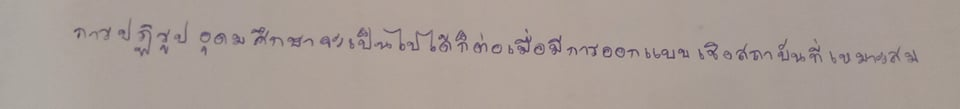
การปฏิรูปอุดมศึกษาจะเป็นไปได้ก็ต่อเมื่อมีการออกแบบเชิงสถาบันที่เหมาะสม